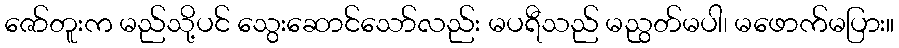
ဇော်တူးက မည်သို့ပင် သွေးဆောင်သော်လည်း မပရီသည် မညွတ်မပါ၊ မဖောက်မပြား။